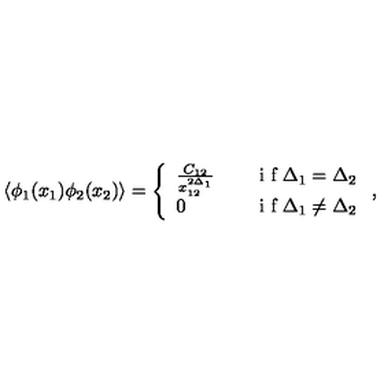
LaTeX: \langle \phi _ { 1 } ( x _ { 1 } ) \phi _ { 2 } ( x _ { 2 } ) \rangle = \left\{ \begin{array} { l l } { \frac { C _ { 1 2 } } { x _ { 1 2 } ^ { 2 \Delta _ { 1 } } } } & { \quad \textrm { i f } \Delta _ { 1 } = \Delta _ { 2 } \medskip } \\ { 0 } & { \quad \textrm { i f } \Delta _ { 1 } \neq \Delta _ { 2 } } \\ \end{array} \right. ,